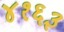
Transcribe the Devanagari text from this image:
४१६३